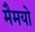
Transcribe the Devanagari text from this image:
मैमयो